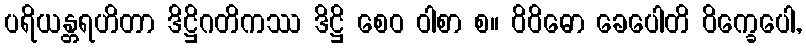
ပရိယန္တရဟိတာ ဒိဋ္ဌိဂတိကဿ ဒိဋ္ဌိ စေဝ ဝါစာ စ။ ဝိဝိဓော ခေပေါတိ ဝိက္ခေပေါ,